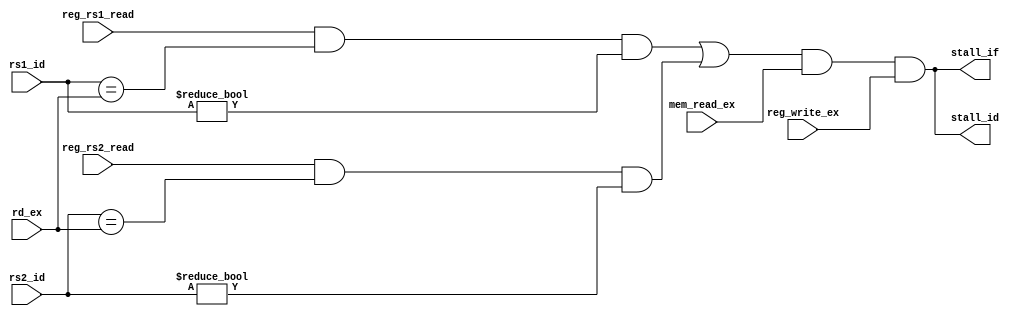
`timescale 1ns / 1ps
//////////////////////////////////////////////////////////////////////////////////
// Company: 
// Engineer: 
// 
// Design Name: 
// Module Name: StallController
// Project Name: 
// Target Devices: 
// Tool Versions: 
// Description: 
// 
// Dependencies: 
// 
// Revision:
// Revision 0.01 - File Created
// Additional Comments:
// 
//////////////////////////////////////////////////////////////////////////////////

/**
 * Check for data hazards that can't be resolved by pure forwarding
*/
module StallController (
    input wire reg_rs1_read,
    input wire reg_rs2_read,
    input wire mem_read_ex,  // Load
    input wire reg_write_ex,  // Load
    input wire [4:0] rs1_id,
    input wire [4:0] rs2_id,
    input wire [4:0] rd_ex,
    output wire stall_if,
    output wire stall_id
);
  wire rs1_hazard;
  wire rs2_hazard;
  wire is_hazard;
  assign rs1_hazard = reg_rs1_read && (rs1_id == rd_ex) && (rs1_id != 5'b00000);
  assign rs2_hazard = reg_rs2_read && (rs2_id == rd_ex) && (rs2_id != 5'b00000);
  assign is_hazard  = rs1_hazard || rs2_hazard;
  // Stall and flush if there is a data hazard
  assign stall_if   = is_hazard && mem_read_ex && reg_write_ex;
  assign stall_id   = stall_if;
endmodule